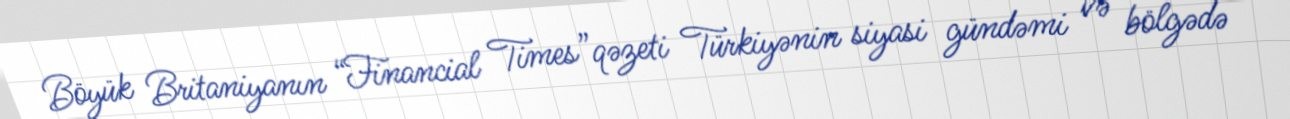
Böyük Britaniyanın “Financial Times”qəzeti Türkiyənin siyasi gündəmi və bölgədə